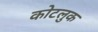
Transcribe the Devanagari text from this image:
कोटलुक